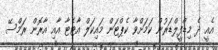
އެއީ ދެ މިޑްފީލްޑަރުން ކަމަށްވާ ކެޕްޓަން މައިކަލް އާޓެޓާ އާއި އާރޮން ރަމްސޭ